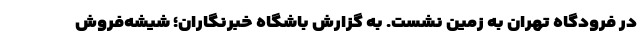
در فرودگاه تهران به زمین نشست. به گزارش باشگاه خبرنگاران؛ شیشه‌فروش